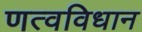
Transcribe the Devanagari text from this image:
णत्वविधान